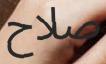
صلاح